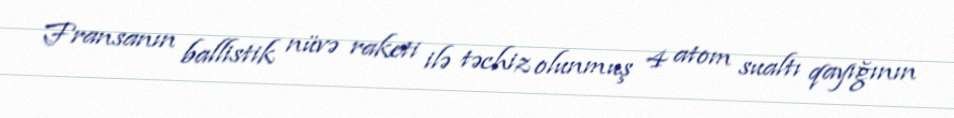
Fransanın ballistik nüvə raketi ilə təchiz olunmuş 4 atom sualtı qayığının